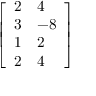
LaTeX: \left[ \begin{array} { l l } { 2 } & { 4 } \\ { 3 } & { - 8 } \\ { 1 } & { 2 } \\ { 2 } & { 4 } \end{array} \right]